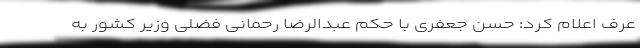
عرف اعلام کرد: حسن جعفری با حکم عبدالرضا رحمانی فضلی وزیر کشور به